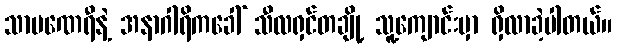
သာမဏေရီနဲ့ အနာဂါရိကခေါ် သီလရှင်တချို့ သူ့ကျောင်းမှာ ရှိလာခဲ့ပါတယ်။